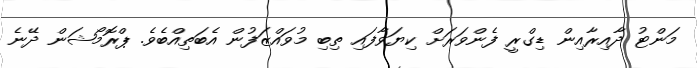
މަންޓު ދާއިރާއިން ޑިގްރީ ފެންވަރަށް ކިޔަވާފައި ތިބި މުވައްޒަފުން އެބަތިއްބެވެ. ޕްރޮމޯޝަން ދޭނެ